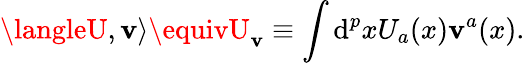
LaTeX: \langleU,\mathbf{v}\rangle\equivU_{\mathbf{v}}\equiv\int\mathrm{d}^{p}xU_{a}(x)\mathbf{v}^{a}(x).